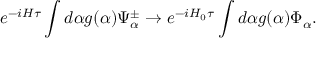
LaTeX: e ^ { - i H \tau } \int d \alpha g ( \alpha ) \Psi _ { \alpha } ^ { \pm } \rightarrow e ^ { - i H _ { 0 } \tau } \int d \alpha g ( \alpha ) \Phi _ { \alpha } .